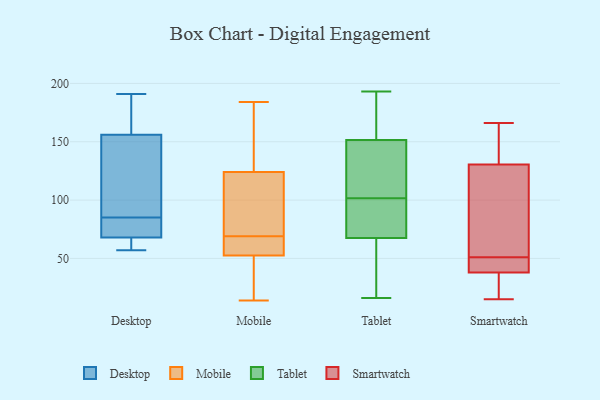
{"axis": {"x": "Production Output", "y": "Value"}, "legend": ["Desktop", "Mobile", "Smartwatch", "Tablet"], "data": [{"x": "", "y": 74, "type": "Desktop"}, {"x": "", "y": 71, "type": "Desktop"}, {"x": "", "y": 184, "type": "Desktop"}, {"x": "", "y": 65, "type": "Desktop"}, {"x": "", "y": 156, "type": "Desktop"}, {"x": "", "y": 57, "type": "Desktop"}, {"x": "", "y": 68, "type": "Desktop"}, {"x": "", "y": 120, "type": "Desktop"}, {"x": "", "y": 191, "type": "Desktop"}, {"x": "", "y": 96, "type": "Desktop"}, {"x": "", "y": 95, "type": "Mobile"}, {"x": "", "y": 92, "type": "Mobile"}, {"x": "", "y": 14, "type": "Mobile"}, {"x": "", "y": 184, "type": "Mobile"}, {"x": "", "y": 160, "type": "Mobile"}, {"x": "", "y": 65, "type": "Mobile"}, {"x": "", "y": 66, "type": "Mobile"}, {"x": "", "y": 121, "type": "Mobile"}, {"x": "", "y": 54, "type": "Mobile"}, {"x": "", "y": 15, "type": "Mobile"}, {"x": "", "y": 91, "type": "Mobile"}, {"x": "", "y": 167, "type": "Mobile"}, {"x": "", "y": 133, "type": "Mobile"}, {"x": "", "y": 65, "type": "Mobile"}, {"x": "", "y": 20, "type": "Mobile"}, {"x": "", "y": 69, "type": "Mobile"}, {"x": "", "y": 48, "type": "Mobile"}, {"x": "", "y": 86, "type": "Tablet"}, {"x": "", "y": 101, "type": "Tablet"}, {"x": "", "y": 153, "type": "Tablet"}, {"x": "", "y": 102, "type": "Tablet"}, {"x": "", "y": 66, "type": "Tablet"}, {"x": "", "y": 16, "type": "Tablet"}, {"x": "", "y": 57, "type": "Tablet"}, {"x": "", "y": 193, "type": "Tablet"}, {"x": "", "y": 117, "type": "Tablet"}, {"x": "", "y": 191, "type": "Tablet"}, {"x": "", "y": 150, "type": "Tablet"}, {"x": "", "y": 69, "type": "Tablet"}, {"x": "", "y": 166, "type": "Smartwatch"}, {"x": "", "y": 42, "type": "Smartwatch"}, {"x": "", "y": 21, "type": "Smartwatch"}, {"x": "", "y": 79, "type": "Smartwatch"}, {"x": "", "y": 15, "type": "Smartwatch"}, {"x": "", "y": 37, "type": "Smartwatch"}, {"x": "", "y": 40, "type": "Smartwatch"}, {"x": "", "y": 129, "type": "Smartwatch"}, {"x": "", "y": 51, "type": "Smartwatch"}, {"x": "", "y": 132, "type": "Smartwatch"}, {"x": "", "y": 51, "type": "Smartwatch"}, {"x": "", "y": 141, "type": "Smartwatch"}, {"x": "", "y": 17, "type": "Smartwatch"}, {"x": "", "y": 125, "type": "Smartwatch"}, {"x": "", "y": 146, "type": "Smartwatch"}, {"x": "", "y": 39, "type": "Smartwatch"}]}